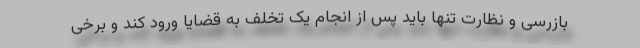
بازرسی و نظارت تنها باید پس از انجام یک تخلف به قضایا ورود کند و برخی